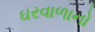
ઘરવાળાનો